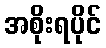
အစိုးရပိုင်